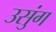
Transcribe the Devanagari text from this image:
उसुंग